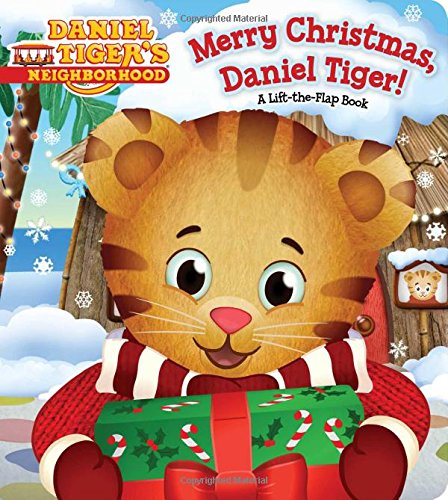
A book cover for Merry Christmas, Daniel Tiger!: A Lift-the-Flap Book (Daniel Tiger's Neighborhood); Angela C. Santomero; Children's Books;